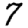
Digit: 7